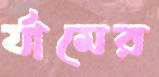
র‍্যামের